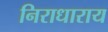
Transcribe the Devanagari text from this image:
निराधाराय